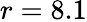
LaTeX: r=8.1